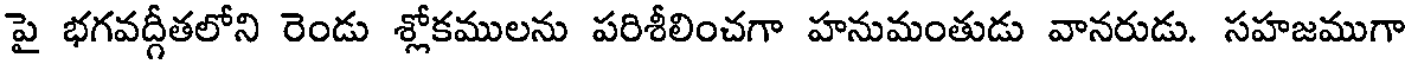
పై భగవద్గీతలోని రెండు శ్లోకములను పరిశీలించగా హనుమంతుడు వానరుడు. సహజముగా